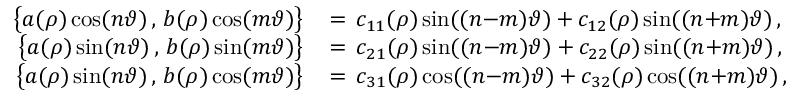
\begin{array} { r l } { \bigl \{ a ( \rho ) \cos ( n \vartheta ) \, , \, b ( \rho ) \cos ( m \vartheta ) \bigr \} \, } & { = \, c _ { 1 1 } ( \rho ) \sin ( ( n { - } m ) \vartheta ) + c _ { 1 2 } ( \rho ) \sin ( ( n { + } m ) \vartheta ) \, , } \\ { \bigl \{ a ( \rho ) \sin ( n \vartheta ) \, , \, b ( \rho ) \sin ( m \vartheta ) \bigr \} \, } & { = \, c _ { 2 1 } ( \rho ) \sin ( ( n { - } m ) \vartheta ) + c _ { 2 2 } ( \rho ) \sin ( ( n { + } m ) \vartheta ) \, , } \\ { \bigl \{ a ( \rho ) \sin ( n \vartheta ) \, , \, b ( \rho ) \cos ( m \vartheta ) \bigr \} \, } & { = \, c _ { 3 1 } ( \rho ) \cos ( ( n { - } m ) \vartheta ) + c _ { 3 2 } ( \rho ) \cos ( ( n { + } m ) \vartheta ) \, , } \end{array}